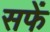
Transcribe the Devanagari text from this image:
सफें